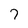
Character: 7